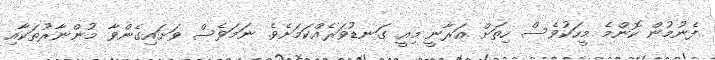
ފެނުމުން ކޮންމެ މީހަކުވެސް ހިތަށް އަރާނީ މިއީ ގަނޑުވަރެއްކަމަށެވެ. ނަމަވެސް ވަށައިގެންވާ މުންނާރުތަކާއި